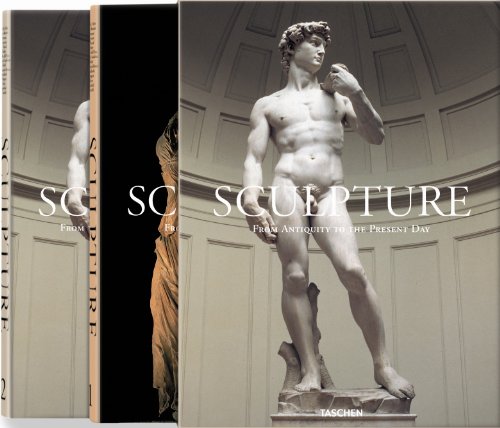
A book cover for Sculpture: From Antiquity to the Present Day (2 Volume Set); Arts & Photography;